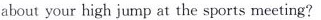
about your high jump at the sports meeting?